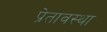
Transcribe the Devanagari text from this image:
प्रेतावस्था